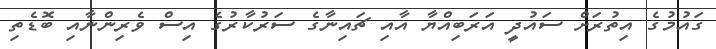
ގައުމުގެ އިތުރަށް ސައުދީ އަރަބިއްޔާ އާއި ޗައިނާގެ ސަރުކާރުގެ އިސް ވެރިންނާއި ބޮޑެެތި